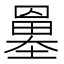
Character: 𡒀